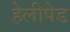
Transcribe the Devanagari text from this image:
हेलीपेड